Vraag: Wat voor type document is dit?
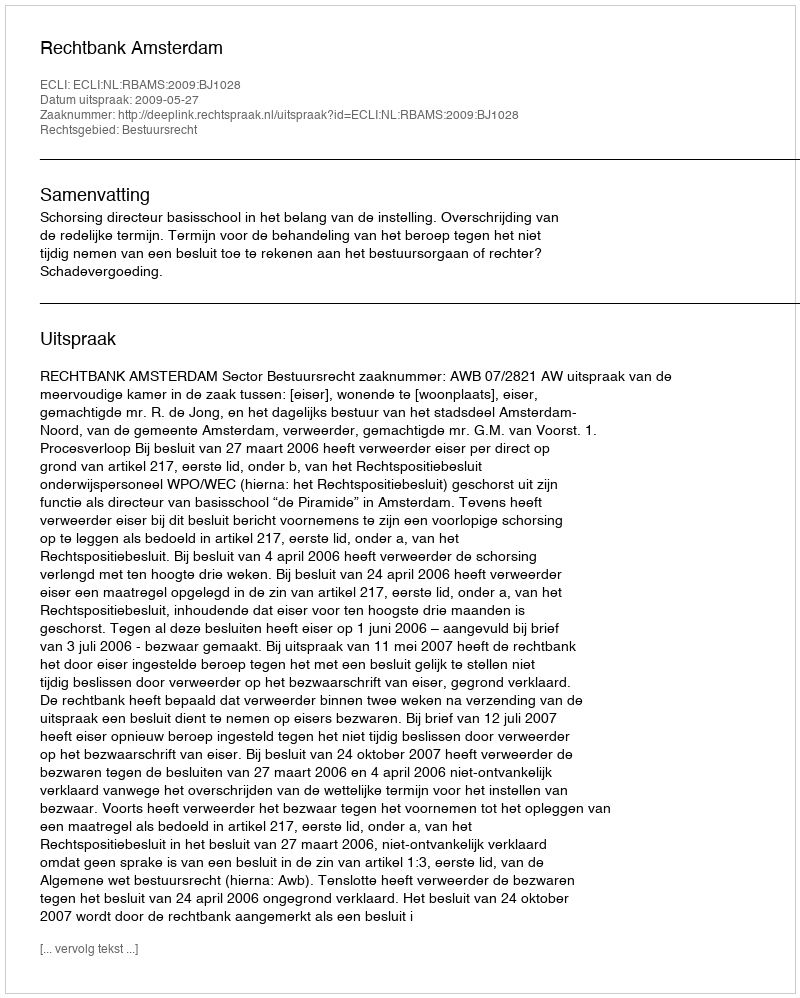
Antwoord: Uitspraak